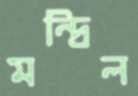
মন্দ্রিল